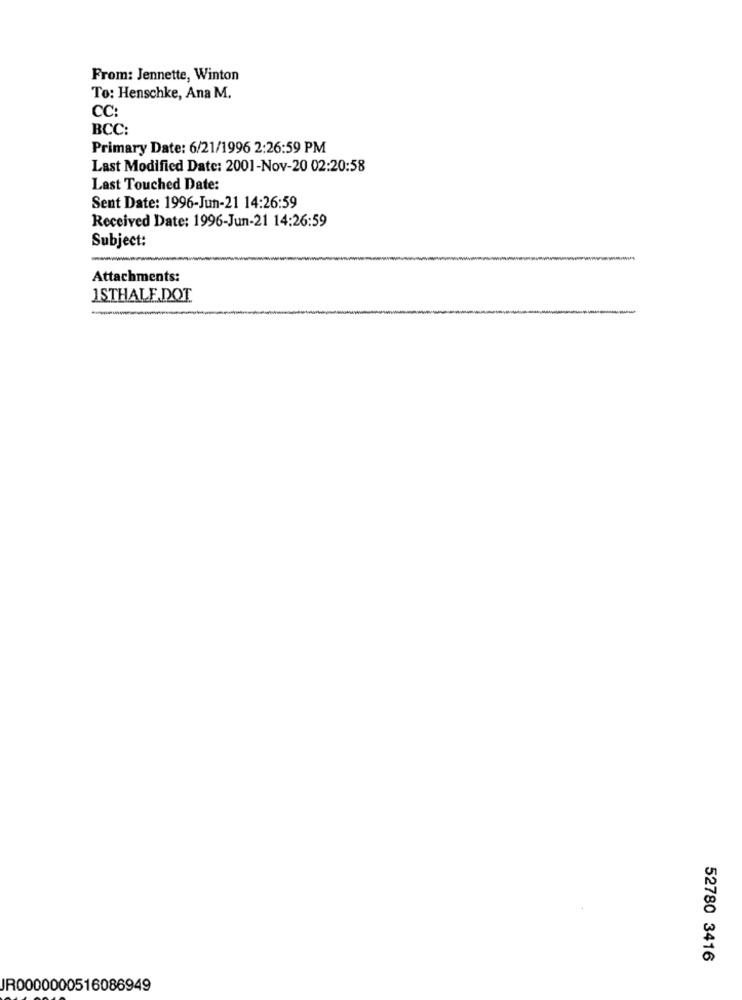
From: Jennette, Winton
To: Henschke, Ana M.
CC:
BCC:
Primary Date: 6/21/1996 2:26:59 PM
Last Modified Date: 2001-Nov-20 02:20:58
Last Touched Date:
Sent Date: 1996-Jun-21 14:26:59
Received Date: 1996-Jun-21 14:26:59
Subject:
Attachments:
ISTHALF.DOT.
-
52780 3416
JR0000000516086949